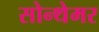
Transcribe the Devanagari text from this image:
सोन्थेमर